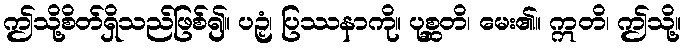
ဤသို့စိတ်ရှိသည်ဖြစ်၍။ ပဉှံ၊ ပြဿနာကို။ ပုစ္ဆတိ၊ မေး၏။ ဣတိ၊ ဤသို့။